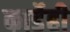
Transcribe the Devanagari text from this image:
कार्डेही